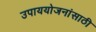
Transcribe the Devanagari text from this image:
उपाययोजनांसाठी